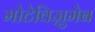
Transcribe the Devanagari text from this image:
मोटेविज़ुमेब